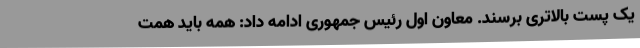
یک پست بالاتری برسند. معاون اول رئیس جمهوری ادامه داد: همه باید همت